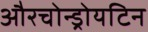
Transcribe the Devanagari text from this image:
औरचोन्ड्रोयटिन